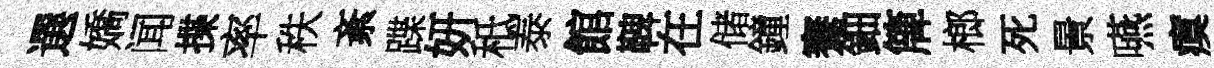
選嬌闻揲率秩紊蹀妍秪泰館鞞在储鐘騫鈿簰榔死㬌嚥瘼